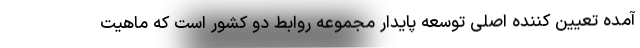
آمده تعیین کننده اصلی توسعه پایدار مجموعه روابط دو کشور است که ماهیت